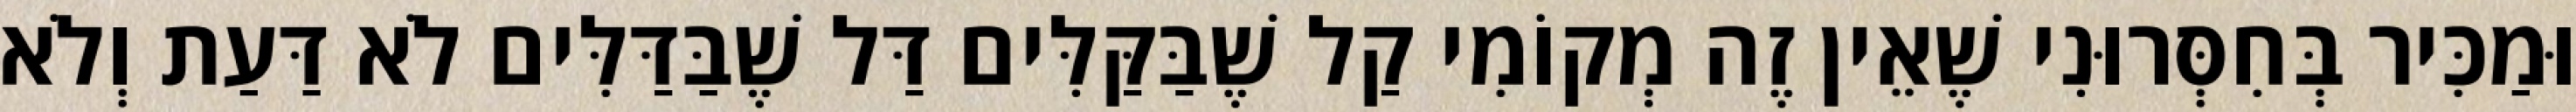
וּמַכִּיר בְּחִסְּרוּנִי שֶׁאֵין זֶה מְקוֹמִי קַל שֶׁבַּקַּלִּים דַּל שֶׁבַּדַּלִּים לֹא דַּעַת וְלֹא